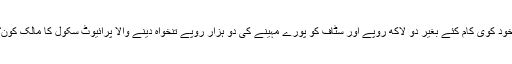
خود کوی کام کئے بغیر دو لاکھ روپے اور سٹاف کو پورے مہینے کی دو ہزار روپے تنخواہ دینے والا پرائیوٹ سکول کا مالک کون؟